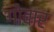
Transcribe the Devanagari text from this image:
गोबार